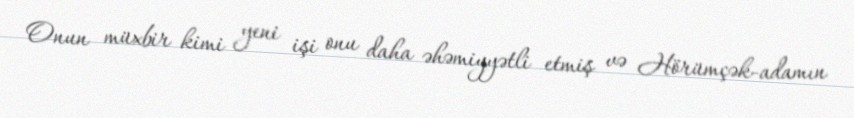
Onun müxbir kimi yeni işi onu daha əhəmiyyətli etmiş və Hörümçək-adamın